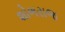
શોભરાજ